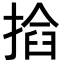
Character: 𢰖